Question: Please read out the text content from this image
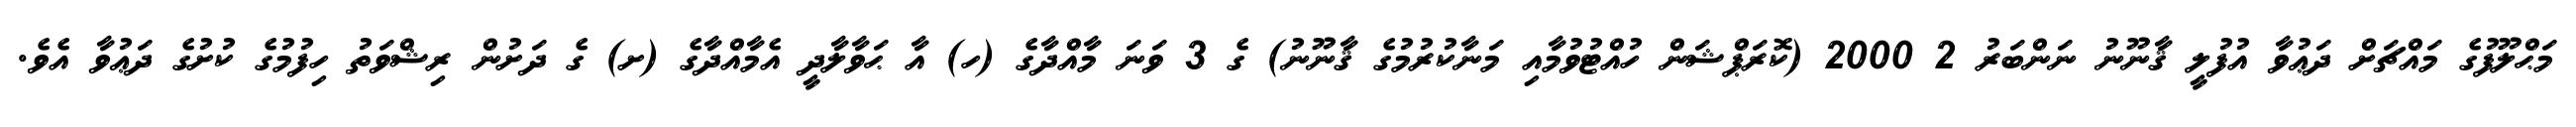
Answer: މަޙްލޫފުގެ މައްޗަށް ދަޢުވާ އުފުލީ ޤާނޫނު ނަންބަރު 2 2000 (ކޮރަޕްޝަން ހުއްޓުވުމާއި މަނާކުރުމުގެ ޤާނޫނު) ގެ 3 ވަނަ މާއްދާގެ (ހ) އާ ޙަވާލާދީ އެމާއްދާގެ (ށ) ގެ ދަށުން ރިޝްވަތު ހިފުމުގެ ކުށުގެ ދަޢުވާ އެވެ.